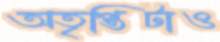
অতৃপ্তিটাও